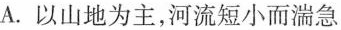
A.以山地为主，河流短小而湍急